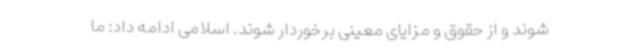
شوند و از حقوق و مزایای معینی برخوردار شوند. اسلامی ادامه داد: ما